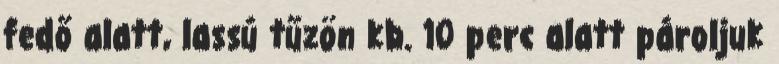
fedő alatt, lassú tűzön kb. 10 perc alatt pároljuk